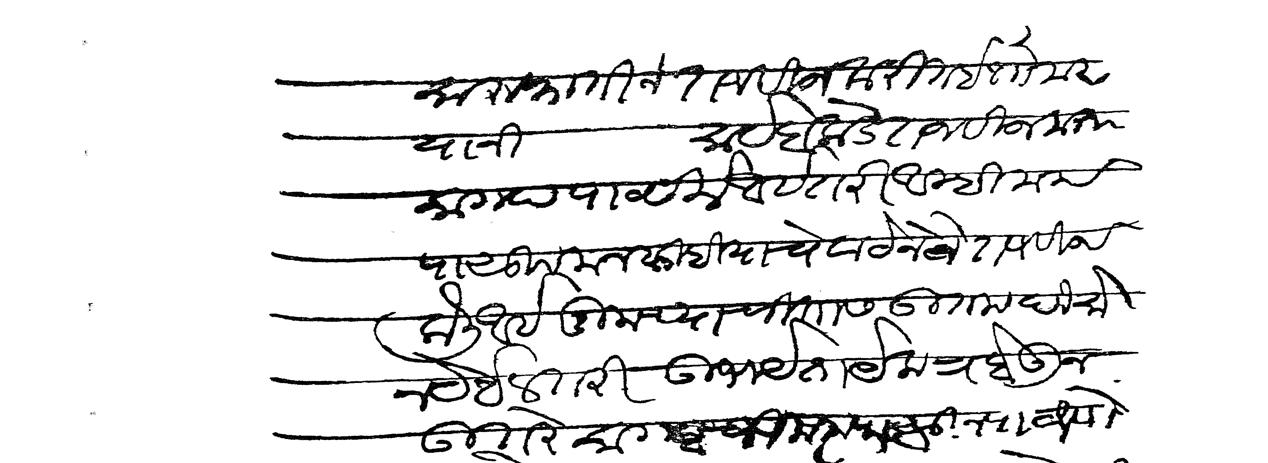
Transliteration (Devanagari): मारुफातीने तजवीज करीत होतो मग यानी सायेवाकडे तजवीज करून कागद पाठविले आहे तरी आम्ही मनापासून मनसिवियाचे वाटेने ते तजबीज केली आहे तुमच्या चितास उतम दिसोन येईल तरी उभयेता येकत्र होऊन उतरे कागदाची मनापासून पाठवणे